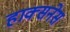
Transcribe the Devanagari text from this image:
हाक्सनेस